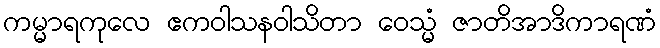
ကမ္မာရကုလေ ဧကဝါသနဝါသိတာ ဝေသ္မံ ဇာတိအာဒိကာရဏံ